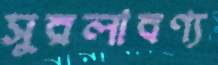
সুরলাবণ্য